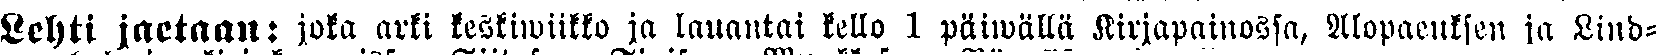
Lehti jaetaan: joka arki keskiwiikko ja lauantai kello 1 päiwällä Kirjapainossa, Alopaeuksen ja Lind-